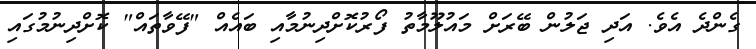
ގެންދެ އެވެ. އަދި ޖަލުން ބޭރަށް މައުލޫމާތު ފޯރުކޮށްދިނުމާއި ބައެއް "ފޭވާތައް" ކޮށްދިނުމުގައި